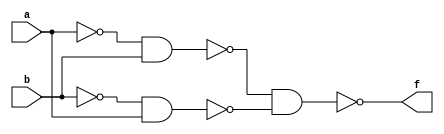

module Xor(a,b,f);
input a,b;
output f;
wire [3:0]w;

nand(w[0],a,a);
nand(w[1],b,b);
nand(w[2],w[0],b);

nand(w[3],w[1],a);
nand(f,w[2],w[3]);

endmodule